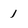
Character: 1